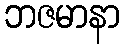
ဘဇမာနာ